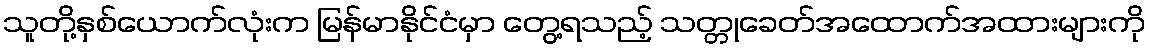
သူတို့နှစ်ယောက်လုံးက မြန်မာနိုင်ငံမှာ တွေ့ရသည့် သတ္တုခေတ်အထောက်အထားများကို